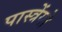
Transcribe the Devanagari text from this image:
पास्त्रेंगो